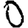
Digit: 0